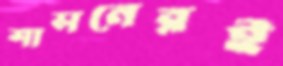
শাসনেরই